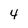
Character: 4